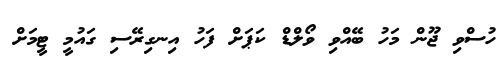
ހުސްވި ޖޫން މަހު ބޭއްވި ވޯލްޑް ކަޕަށް ފަހު އިނގިރޭސި ގައުމީ ޓީމަށް